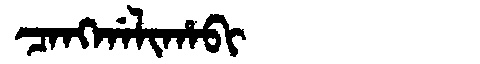
Manchu: ᠴᠠᠩᡤᠠᠯᡳᡥᠠᠪᡳ
Romanization: CANGGALIHABI